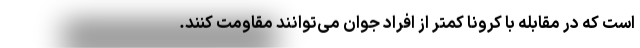
است که در مقابله با کرونا کمتر از افراد جوان می‌توانند مقاومت کنند.